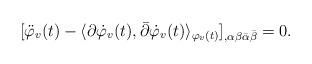
LaTeX: \begin{align*}[\ddot{\varphi}_v(t) - \langle \partial \dot{\varphi}_v(t), \bar{\partial} \dot{\varphi}_v(t) \rangle_{\varphi_v(t)} ]_{,\alpha \beta \bar{\alpha} \bar{\beta}} = 0.\end{align*}